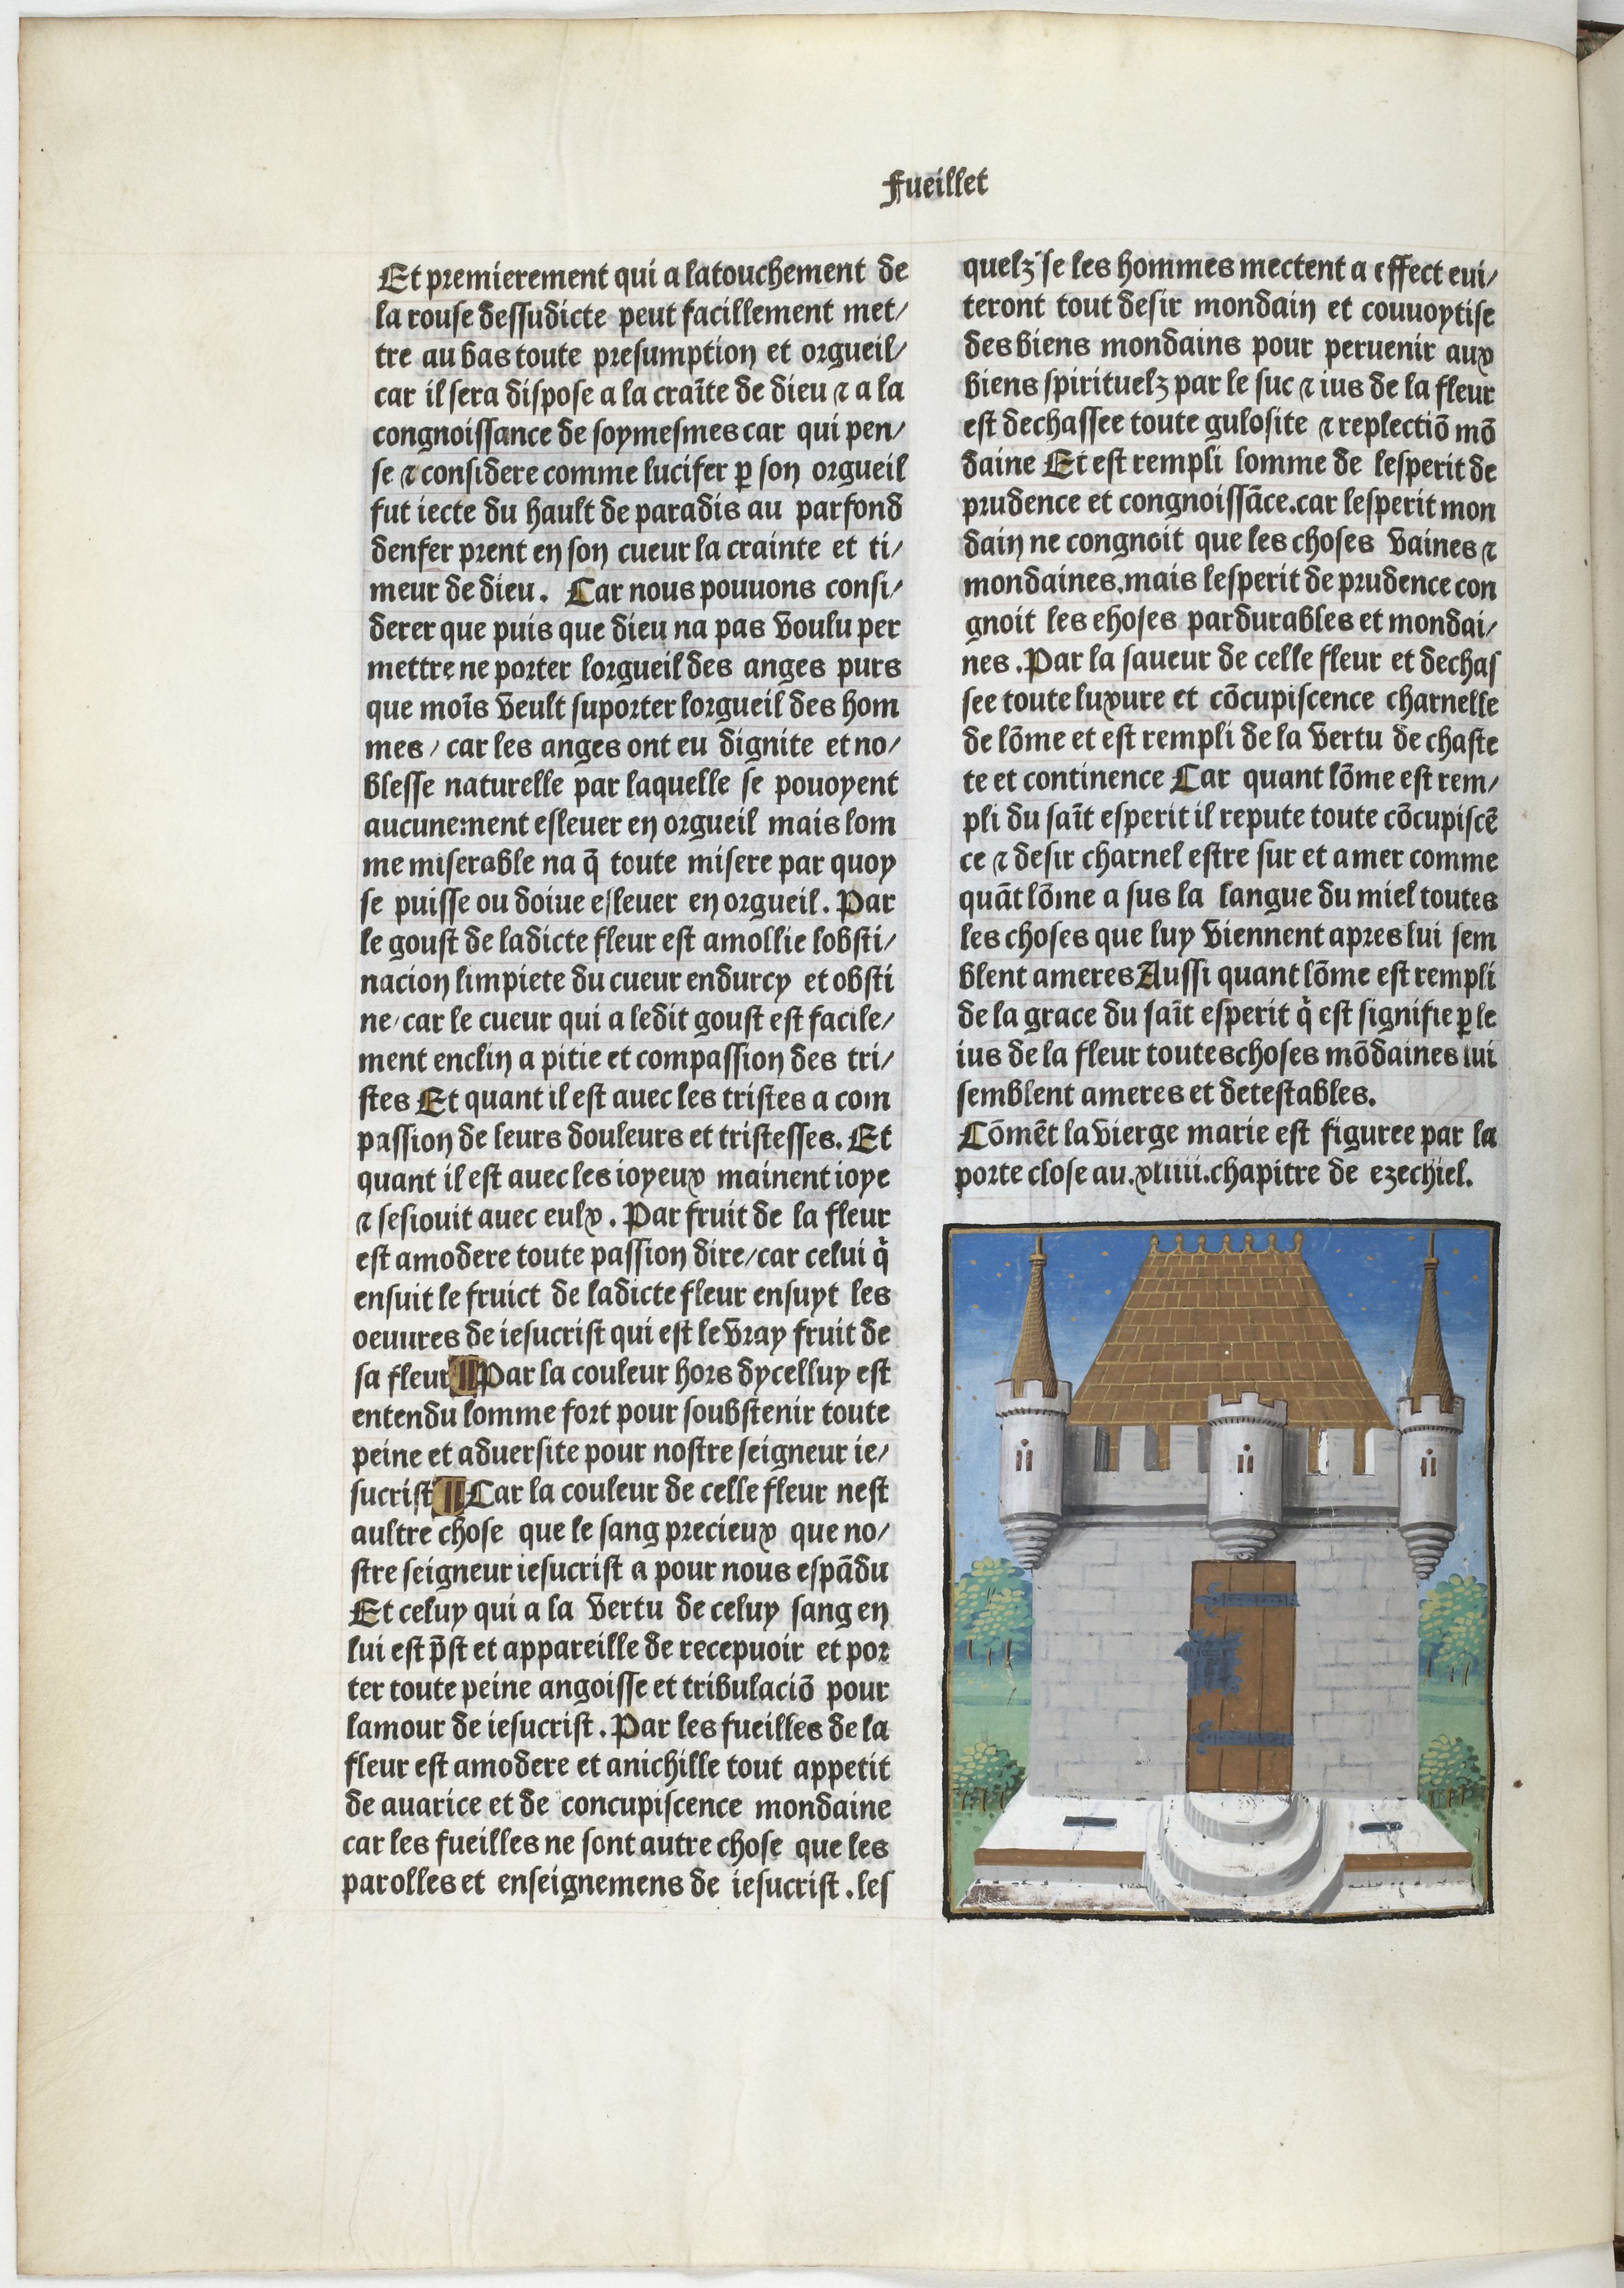
Shelfmark: Paris, BnF, Velins 906
Century: 15